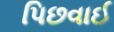
પિછવાઈ